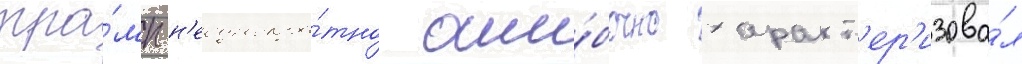
тра́мп н'еоднокра́тно оши́бочно характ'ер'изова́л